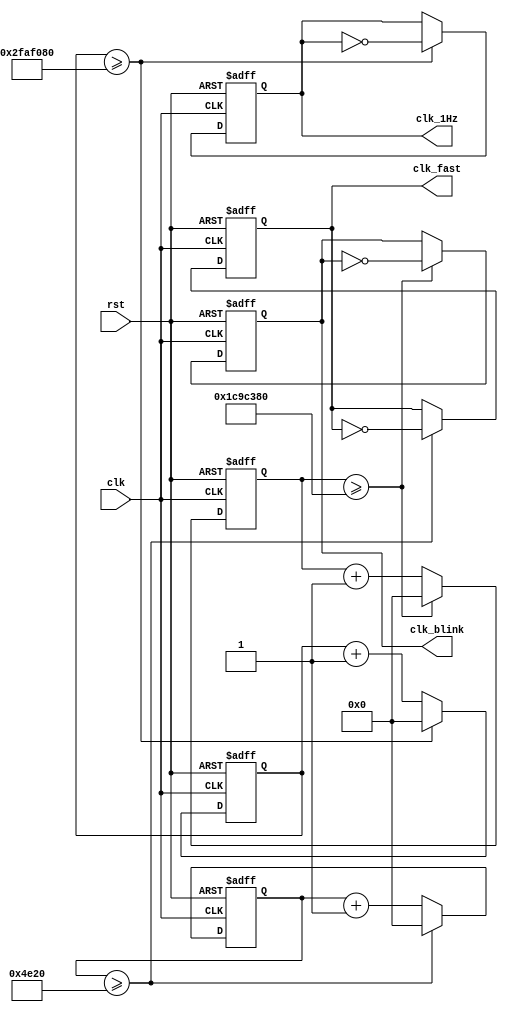
`timescale 1ns / 1ps
//////////////////////////////////////////////////////////////////////////////////
// Company: 
// Engineer: 
// 
// Design Name: 
// Module Name:    clocks 
// Project Name: 
// Target Devices: 
// Tool versions: 
// Description: 
//
// Dependencies: 
//
// Revision: 
// Revision 0.01 - File Created
// Additional Comments: 
//
//////////////////////////////////////////////////////////////////////////////////
module clocks(
    input clk,
    input rst,
    output reg clk_1Hz,
	output reg clk_fast,
    output reg clk_blink
    );

	reg [31:0] count_1Hz = 0;
	reg [31:0] count_fast = 0;
	reg [31:0] count_blink = 0;
	
	always @(posedge rst or posedge clk) begin
		if (rst) begin
			count_1Hz <= 0;
			count_fast <= 0;
			count_blink <= 0;
			clk_1Hz <= 0;
			clk_fast <= 0;
			clk_blink <= 0;
		end
		else begin
			if (count_1Hz >= 50000000) begin
				count_1Hz <= 0;
				clk_1Hz <= ~clk_1Hz;
			end
			else
				count_1Hz <= count_1Hz + 1;
				
			if (count_fast >= 20000) begin
				count_fast <= 0;
				clk_fast <= ~clk_fast;
			end
			else
				count_fast <= count_fast + 1;
				
			if (count_blink >= 30000000) begin
				count_blink <= 0;
				clk_blink <= ~clk_blink;
			end
			else
				count_blink <= count_blink + 1;
		end
	end

endmodule